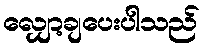
လျှော့ချပေးပါသည်